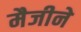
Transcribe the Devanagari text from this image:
मैजीने